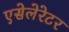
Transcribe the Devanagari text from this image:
एसेलेरेटर